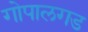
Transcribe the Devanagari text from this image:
गोपालगड